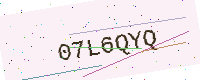
Text: 07L6QYQ